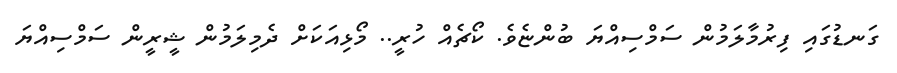
ގަނޑުގައި ފިރުމާލަމުން ސަމްސިއްޔަ ބުންޏެވެ. ކޯޗެއް ހުރީ.. މޯޅިއަކަށް ދެމިލަމުން ޝީރީން ސަމްސިއްޔަ